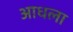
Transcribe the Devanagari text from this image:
आधला